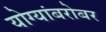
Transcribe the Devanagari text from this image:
योग्यांबरोबर